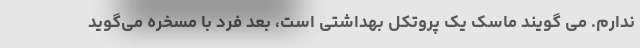
ندارم. می گویند ماسک یک پروتکل بهداشتی است، بعد فرد با مسخره می‌گوید